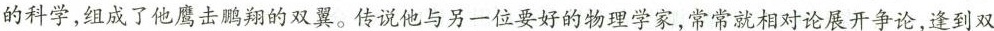
的科学，组成了他鹰击鹏翔的双翼。传说他与另一位要好的物理学家，常常就相对论展开争论，逢到双